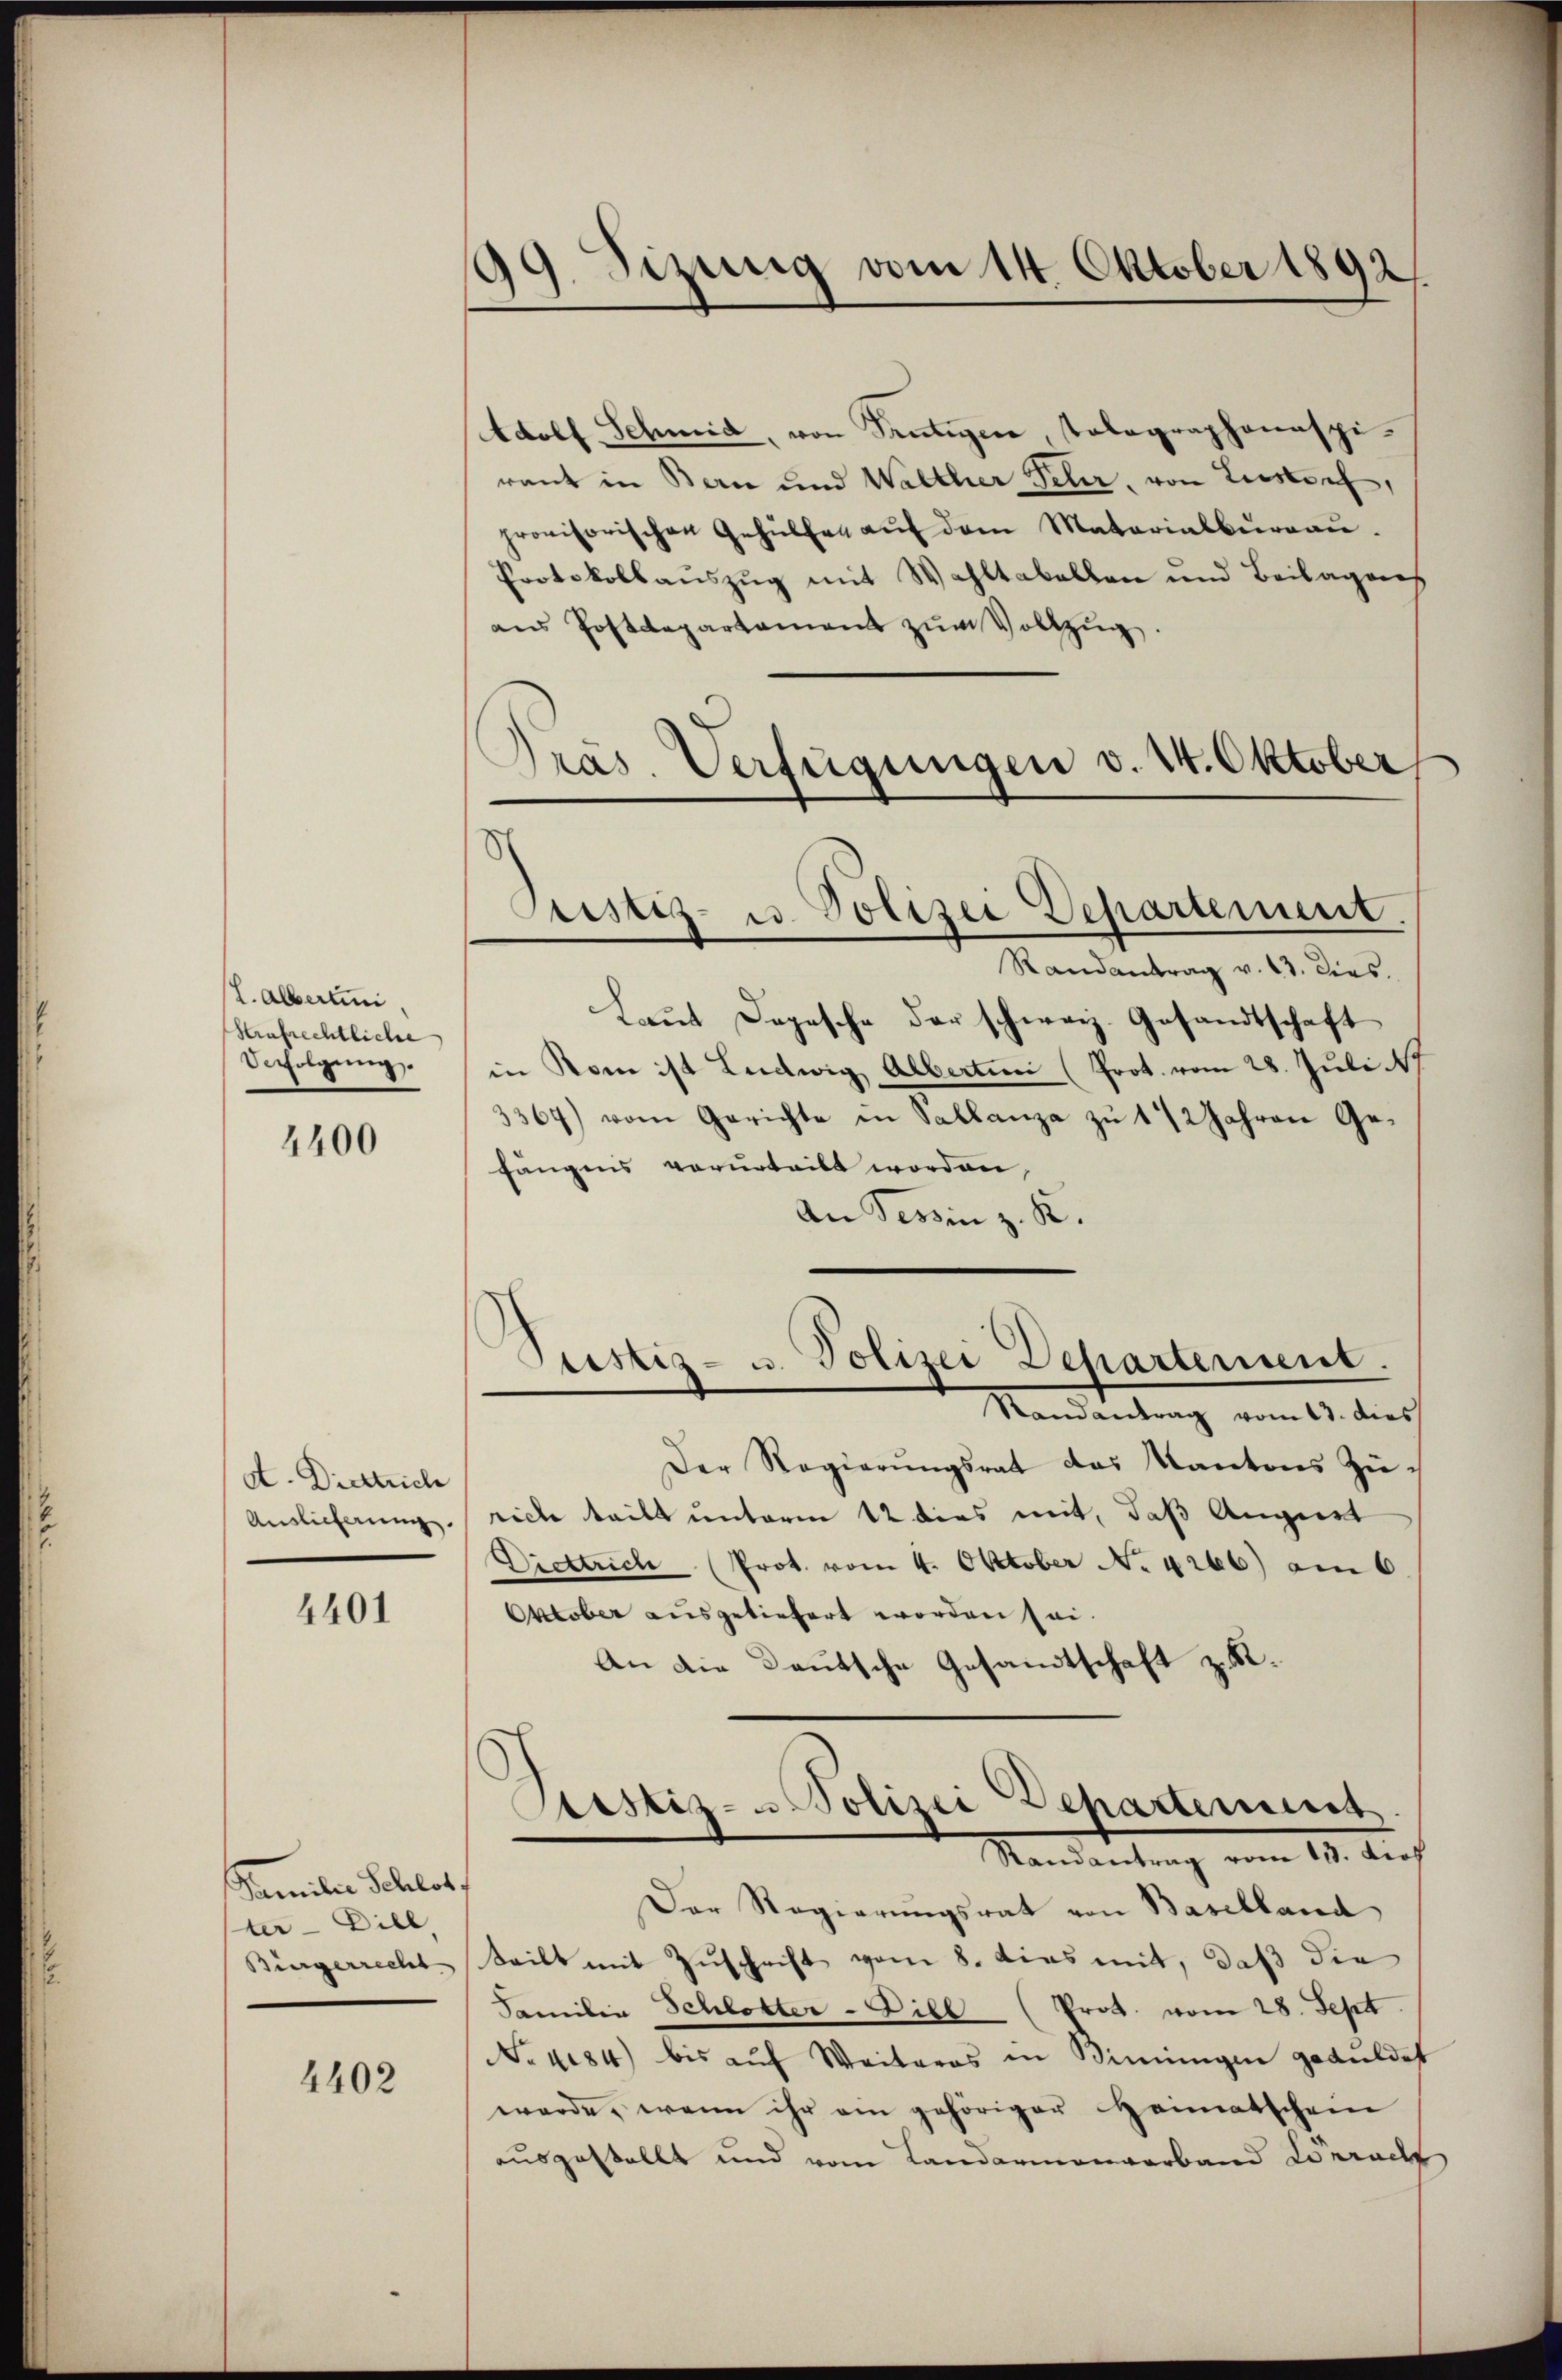
7. Alberti
Hrafrechtliche
Vefolgung.

4400

d. Diettrich
Auslieferung.

4401

Familie Schlot.
ter - Dill
Bürgerrecht

4402

99. Sizung vom 14. Oktober 1892.

Adolf Schmid, von Frutigen, Tolographonaspi-
rant in Bern und Walther Fehr, von Liestorf,
provisorischen Gehülfen aŭf dem Matarialbergau.
Protokollaŭszŭg mit Wahltabellen und Beilagenes
aŭs Postdepartament zŭm Vollzŭg.
Randantrag v. 13. Dies.
Laŭt Dogesche der schweiz. Gesandtschaft
in Rom ist Ludwig Albertini (Prot. vom 28. Juli 17
3367) vom Gerichte in Sallanza zu 1 1/2 Jahren Gefängens verurteilt worden
An Tessin z. R.
Ptistiz- u. Polizei Departement.
Randantrag vom 13. dies
Der Regierŭngsrat des Kantons Zürich teilt unterm 12 dies mit, daß August
Diettrich (Prot. vom 4. Oktober N. 4266) am 6
Oktober ausgeliefert worden sei.
An die Deutsche Gesandtschaft zu.
Bestiz- u Polizei Departement
Mandartung vom 13. Auch
Der Regierungsrat von Baselland
teilt mit Zuschrift vom 8. dies mit, daß die
Familie Schlotter - Dill (Prot. vom 28. Sept
No 484) bis aŭf Weiteres in Biningen geduldet
werde, wenn ihr am gehöriger Heimatschein
ausgestellt und vom Landarmenverband Lörracht

Pras. Verfügungen v. 24. Oktober
t
Cristiz- u. Polizei Departement.